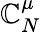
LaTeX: \mathbb{C}_{N}^{\mu}